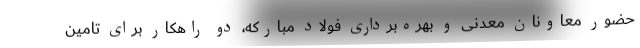
حضور معاونان معدنی و بهره‌برداری فولاد مبارکه، دو راهکار برای تامین